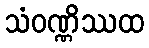
သံဝဏ္ဏိဿထ